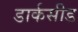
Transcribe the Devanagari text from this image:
डार्कसीड